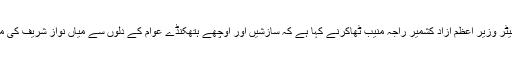
09 اکتوبر2017ء) کوآرڈی نیٹر وزیر اعظم آزاد کشمیر راجہ منیب ٹھاکرنے کہا ہے کہ سازشیں اور اوچھے ہتھکنڈے عوام کے دلوں سے میاں نواز شریف کی محبت کو نہیں نکال سکتے ہیں۔